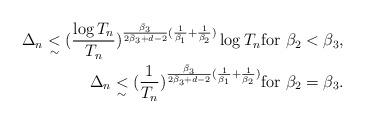
LaTeX: \begin{align*}{}\Delta_n \underset{\sim}{<} (\frac{\log T_n}{T_n})^{\frac{\bar{\beta}_3}{2 \bar{\beta}_3 + d - 2}(\frac{1}{\beta_1} + \frac{1}{\beta_2})} \log T_n \mbox{for } \beta_2 < \beta_3, \\\Delta_n \underset{\sim}{<} (\frac{1}{T_n})^{\frac{\bar{\beta}_3}{2 \bar{\beta}_3 + d - 2}(\frac{1}{\beta_1} + \frac{1}{\beta_2})}\mbox{for } \beta_2 = \beta_3. {}\end{align*}